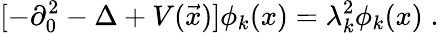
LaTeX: [-\partial_{0}^{2}-\Delta+V(\vec{x})]\phi_{k}(x)=\lambda_{k}^{2}\phi_{k}(x)\; .